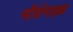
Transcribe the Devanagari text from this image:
मॉर्डनाइझ